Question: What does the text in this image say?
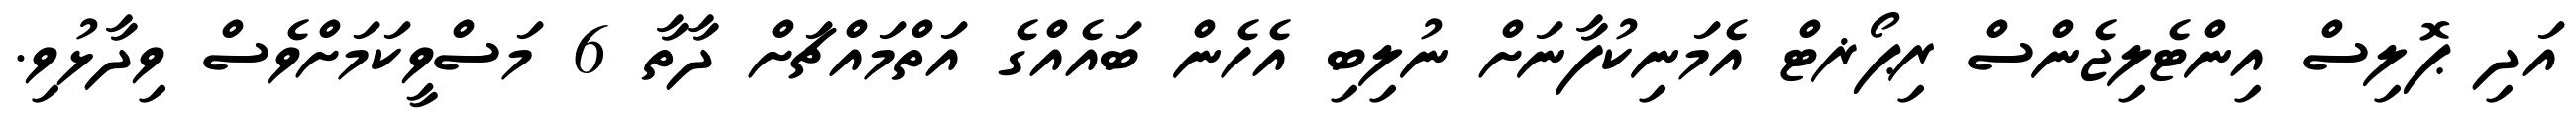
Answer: އަދި ޕޮލިސް އިންޓެލިޖެންސް ރިޕޯޜޓް އެމަނިކުފާނަށް ނުލިބި އެހެން ބައެއްގެ އަތްމައްޗަށް ދާތާ 6 މަސްވީކަމަށްވެސް ވިދާޅުވި.